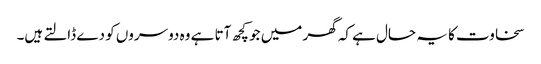
سخاوت کا یہ حال ہے کہ گھر میں جو کچھ آتا ہے وہ دوسروں کو دے ڈالتے ہیں۔